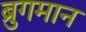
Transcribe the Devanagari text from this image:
ब्रुगमान